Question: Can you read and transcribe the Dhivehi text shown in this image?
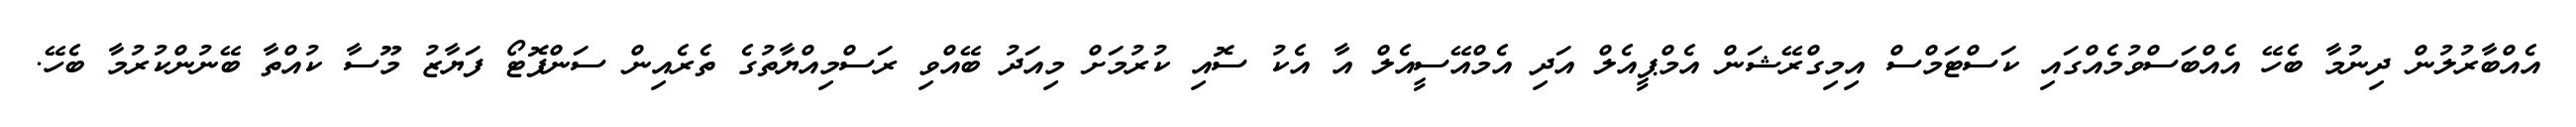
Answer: އެއްބާރުލުން ދިނުމާ ބެހޭ އެއްބަސްވުމެއްގައި ކަސްޓަމްސް އިމިގްރޭޝަން އެމްޕީއެލް އަދި އެމްއޭސީއެލް އާ އެކު ސޮއި ކުރުމަށް މިއަދު ބޭއްވި ރަސްމިއްޔާތުގެ ތެރެއިން ސަންފޮޓޯ ފަޔާޒު މޫސާ ކުއްތާ ބޭނުންކުރުމާ ބެހޭ.